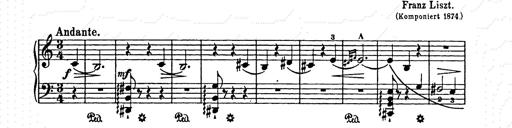
Title: Elegy No.1
Composer: Franz Liszt
Key: A-flat major